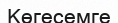
Көгесемге